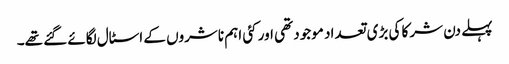
پہلے دن شرکا کی بڑی تعداد موجود تھی اور کئی اہم ناشروں کے اسٹال لگائے گئے تھے۔